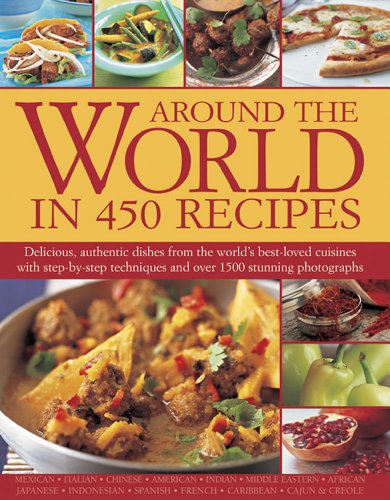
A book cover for Around the World in 450 Recipes; Sarah Ainley; Cookbooks, Food & Wine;